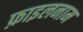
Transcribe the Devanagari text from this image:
फ़ाइलनाम